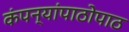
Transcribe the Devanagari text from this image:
कंपन्यांपाठोपाठ